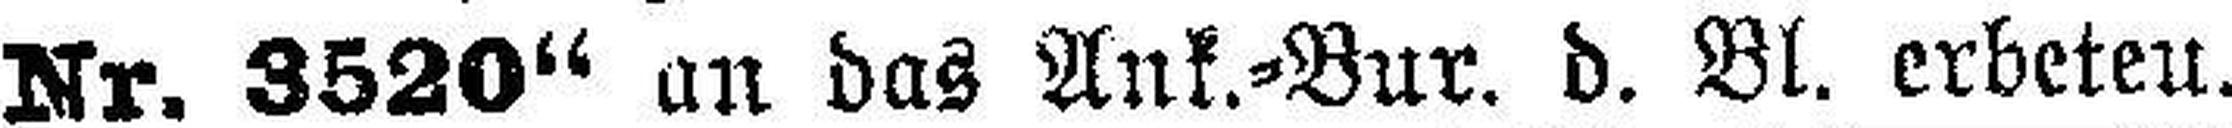
Nr. 3520“ an das Ank.-Bur. d. Bl. erbeteu.